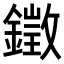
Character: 𨬠